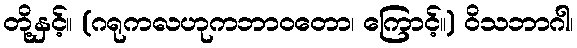
တို့နှင့်။ (ဂရုကလဟုကဘာဝတော၊ ကြောင့်။) ဝိသဘာဂါ၊